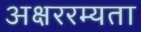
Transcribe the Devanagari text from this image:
अक्षररम्यता